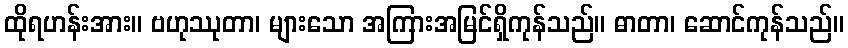
ထိုရဟန်းအား။ ဗဟုဿုတာ၊ များသော အကြားအမြင်ရှိကုန်သည်။ ဓာတာ၊ ဆောင်ကုန်သည်။